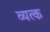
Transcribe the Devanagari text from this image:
व्यत्क